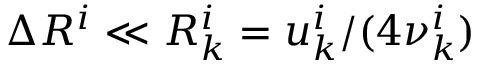
\Delta R ^ { i } \ll { \cal R } _ { k } ^ { i } = u _ { k } ^ { i } / ( 4 \nu _ { k } ^ { i } )